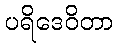
ပရိဒေဝိတာ